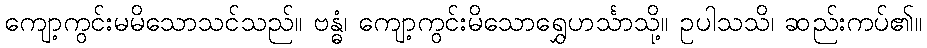
ကျော့ကွင်းမမိသောသင်သည်။ ဗန္ဓံ၊ ကျော့ကွင်းမိသောရွှေဟင်္သာသို့။ ဥပါသသိ၊ ဆည်းကပ်၏။